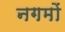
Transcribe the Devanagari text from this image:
नगमों